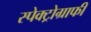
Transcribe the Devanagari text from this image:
स्पेक्ट्रोग्राफी